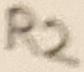
Text: R2